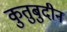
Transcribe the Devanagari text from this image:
कुतुबुदीन